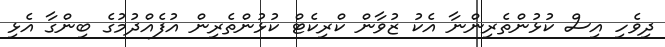
ދިވެހި އިސް ކުޅުންތެރިންނާ އެކު ޒުވާން ކްރިކެޓް ކުޅުންތެރިން އުފެއްދުމުގެ ބިންގާ އެޅި